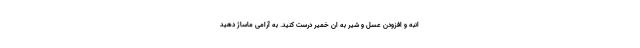
انبه و افزودن عسل و شیر به ان خمیر درست کنید. به آرامی ماساژ دهید